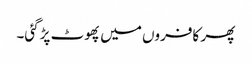
پھر کافروں میں پھوٹ پڑگئی۔